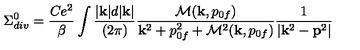
\Sigma _ { d i v } ^ { 0 } = { \frac { C e ^ { 2 } } { \beta } } \int { \frac { | { \bf k } | d | { \bf k } | } { ( 2 \pi ) } } { \frac { { \cal M } ( { \bf k } , p _ { 0 f } ) } { { \bf k } ^ { 2 } + p _ { 0 f } ^ { 2 } + { \cal M } ^ { 2 } ( { \bf k } , p _ { 0 f } ) } } { \frac { 1 } { | { \bf k } ^ { 2 } - { \bf p } ^ { 2 } | } }